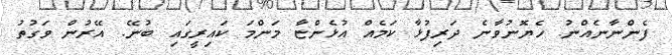
ފެންނާނެއްނު. ހެޔޮނުވާނެ ދަރިފުޅާ ކަމެއް އުޅެންޏާ މަންމަ ކައިރީގައި ބުނޭ. އޭރުން ވަގުތު